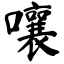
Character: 嚷